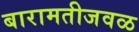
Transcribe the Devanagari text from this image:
बारामतीजवळ